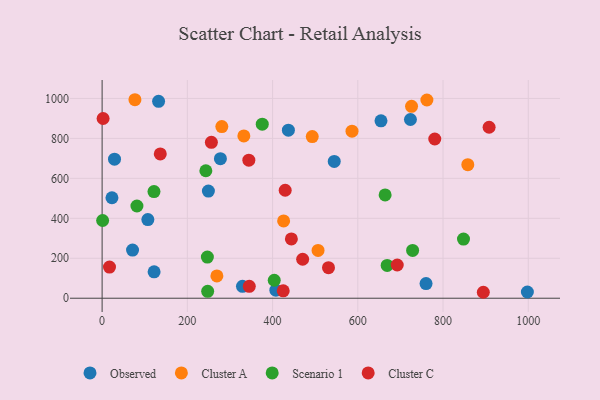
{"axis": {"x": "Study Hours", "y": "Demand"}, "legend": ["Cluster A", "Cluster C", "Observed", "Scenario 1"], "data": [{"x": "29.1", "y": 696.0, "type": "Observed"}, {"x": "544.7", "y": 684.9, "type": "Observed"}, {"x": "997.9", "y": 31.3, "type": "Observed"}, {"x": "132.5", "y": 985.4, "type": "Observed"}, {"x": "723.5", "y": 894.5, "type": "Observed"}, {"x": "760.1", "y": 73.5, "type": "Observed"}, {"x": "437.1", "y": 841.0, "type": "Observed"}, {"x": "122.0", "y": 132.0, "type": "Observed"}, {"x": "249.4", "y": 536.3, "type": "Observed"}, {"x": "71.4", "y": 240.9, "type": "Observed"}, {"x": "407.7", "y": 40.5, "type": "Observed"}, {"x": "107.3", "y": 393.5, "type": "Observed"}, {"x": "277.6", "y": 698.5, "type": "Observed"}, {"x": "329.4", "y": 59.5, "type": "Observed"}, {"x": "654.4", "y": 888.0, "type": "Observed"}, {"x": "23.1", "y": 502.9, "type": "Observed"}, {"x": "858.1", "y": 668.4, "type": "Cluster A"}, {"x": "493.1", "y": 809.3, "type": "Cluster A"}, {"x": "77.0", "y": 993.6, "type": "Cluster A"}, {"x": "726.1", "y": 960.6, "type": "Cluster A"}, {"x": "269.3", "y": 111.7, "type": "Cluster A"}, {"x": "332.6", "y": 812.3, "type": "Cluster A"}, {"x": "506.7", "y": 239.1, "type": "Cluster A"}, {"x": "280.9", "y": 859.0, "type": "Cluster A"}, {"x": "425.9", "y": 386.8, "type": "Cluster A"}, {"x": "586.4", "y": 836.3, "type": "Cluster A"}, {"x": "762.1", "y": 992.1, "type": "Cluster A"}, {"x": "243.4", "y": 638.0, "type": "Scenario 1"}, {"x": "247.7", "y": 34.5, "type": "Scenario 1"}, {"x": "81.7", "y": 461.6, "type": "Scenario 1"}, {"x": "1.2", "y": 389.0, "type": "Scenario 1"}, {"x": "848.0", "y": 296.0, "type": "Scenario 1"}, {"x": "375.8", "y": 871.3, "type": "Scenario 1"}, {"x": "664.1", "y": 517.3, "type": "Scenario 1"}, {"x": "403.9", "y": 89.9, "type": "Scenario 1"}, {"x": "668.9", "y": 164.0, "type": "Scenario 1"}, {"x": "121.7", "y": 534.0, "type": "Scenario 1"}, {"x": "247.0", "y": 206.1, "type": "Scenario 1"}, {"x": "728.6", "y": 239.5, "type": "Scenario 1"}, {"x": "894.5", "y": 29.8, "type": "Cluster C"}, {"x": "136.5", "y": 722.4, "type": "Cluster C"}, {"x": "692.5", "y": 166.2, "type": "Cluster C"}, {"x": "470.6", "y": 195.0, "type": "Cluster C"}, {"x": "17.3", "y": 155.7, "type": "Cluster C"}, {"x": "2.3", "y": 899.6, "type": "Cluster C"}, {"x": "256.4", "y": 780.3, "type": "Cluster C"}, {"x": "429.6", "y": 540.5, "type": "Cluster C"}, {"x": "425.0", "y": 37.3, "type": "Cluster C"}, {"x": "444.1", "y": 297.0, "type": "Cluster C"}, {"x": "780.6", "y": 796.9, "type": "Cluster C"}, {"x": "344.3", "y": 691.2, "type": "Cluster C"}, {"x": "908.1", "y": 855.8, "type": "Cluster C"}, {"x": "345.3", "y": 59.4, "type": "Cluster C"}, {"x": "531.2", "y": 152.7, "type": "Cluster C"}]}